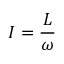
I = { \frac { L } { \omega } }